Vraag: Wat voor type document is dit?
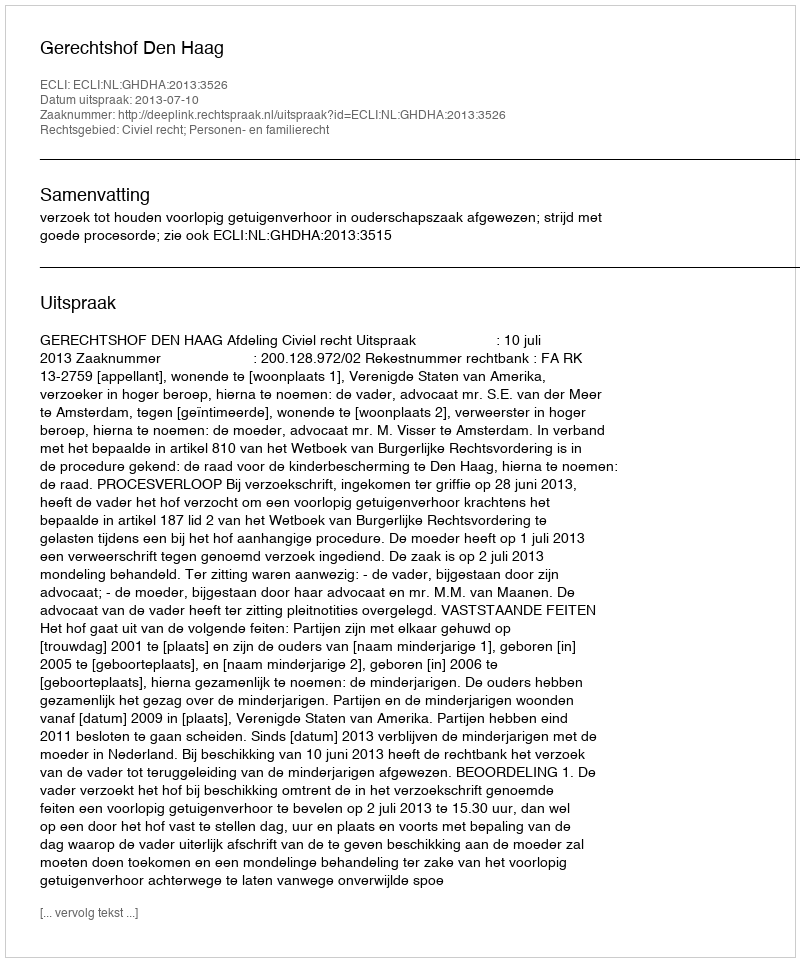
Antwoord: Uitspraak